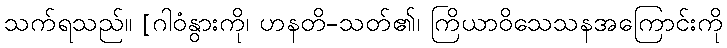
သက်ရသည်။ [ဂါဝံနွားကို၊ ဟနတိ-သတ်၏၊ ကြိယာဝိသေသနအကြောင်းကို